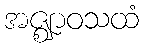
အဇ္ဈာဝသထံ